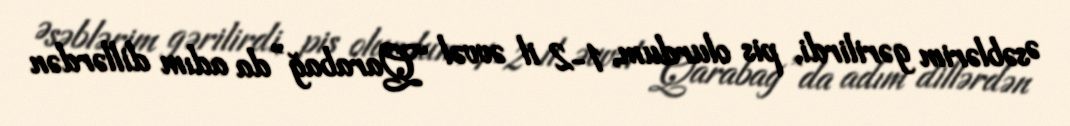
Əsəblərim gərilirdi, pis olurdum, 1-2 il əvvəl “Qarabağ”da adım dillərdən